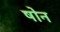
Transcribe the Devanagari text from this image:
षोन